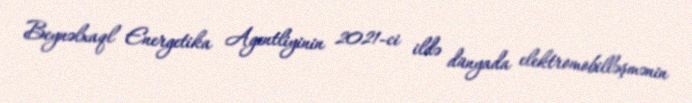
Beynəlxaql Energetika Agentliyinin 2021-ci ildə dünyada elektromobilləşmənin